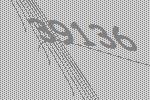
39136